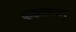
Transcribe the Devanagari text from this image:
कूडलनगर